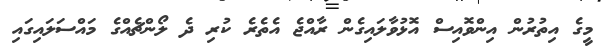
މީގެ އިތުރުން އިންވޮއިސް އޮޅުވާލައިގެން ރާއްޖެ އެތެރެ ކުރި ދެ ލޯންޗެއްގެ މައްސަލައިގައި